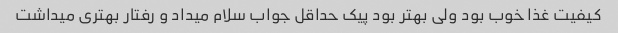
کیفیت غذا خوب بود ولی بهتر بود پیک حداقل جواب سلام میداد و رفتار بهتری میداشت